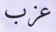
عزب